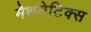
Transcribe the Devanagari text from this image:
मेथमेटिक्स